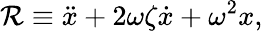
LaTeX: \mathcal{R}\equiv\ddot{x}+2\omega\zeta\dot{x}+\omega^{2}x,